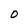
Character: 0